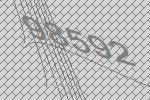
98592